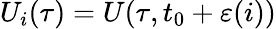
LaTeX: U_{i}(\tau)=U(\tau,t_{0}+\varepsilon(i))